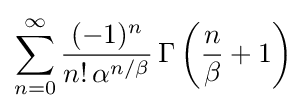
\sum _{n=0}^{\infty }{\frac {(-1)^{n}}{n!\,\alpha ^{n/\beta }}}\,\Gamma \left({\frac {n}{\beta }}+1\right)